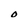
Character: 0